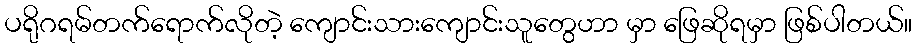
ပရိုဂရမ်တက်ရောက်လိုတဲ့ ကျောင်းသားကျောင်းသူတွေဟာ မှာ ဖြေဆိုရမှာ ဖြစ်ပါတယ်။